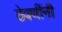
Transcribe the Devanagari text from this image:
ठेवणींनी